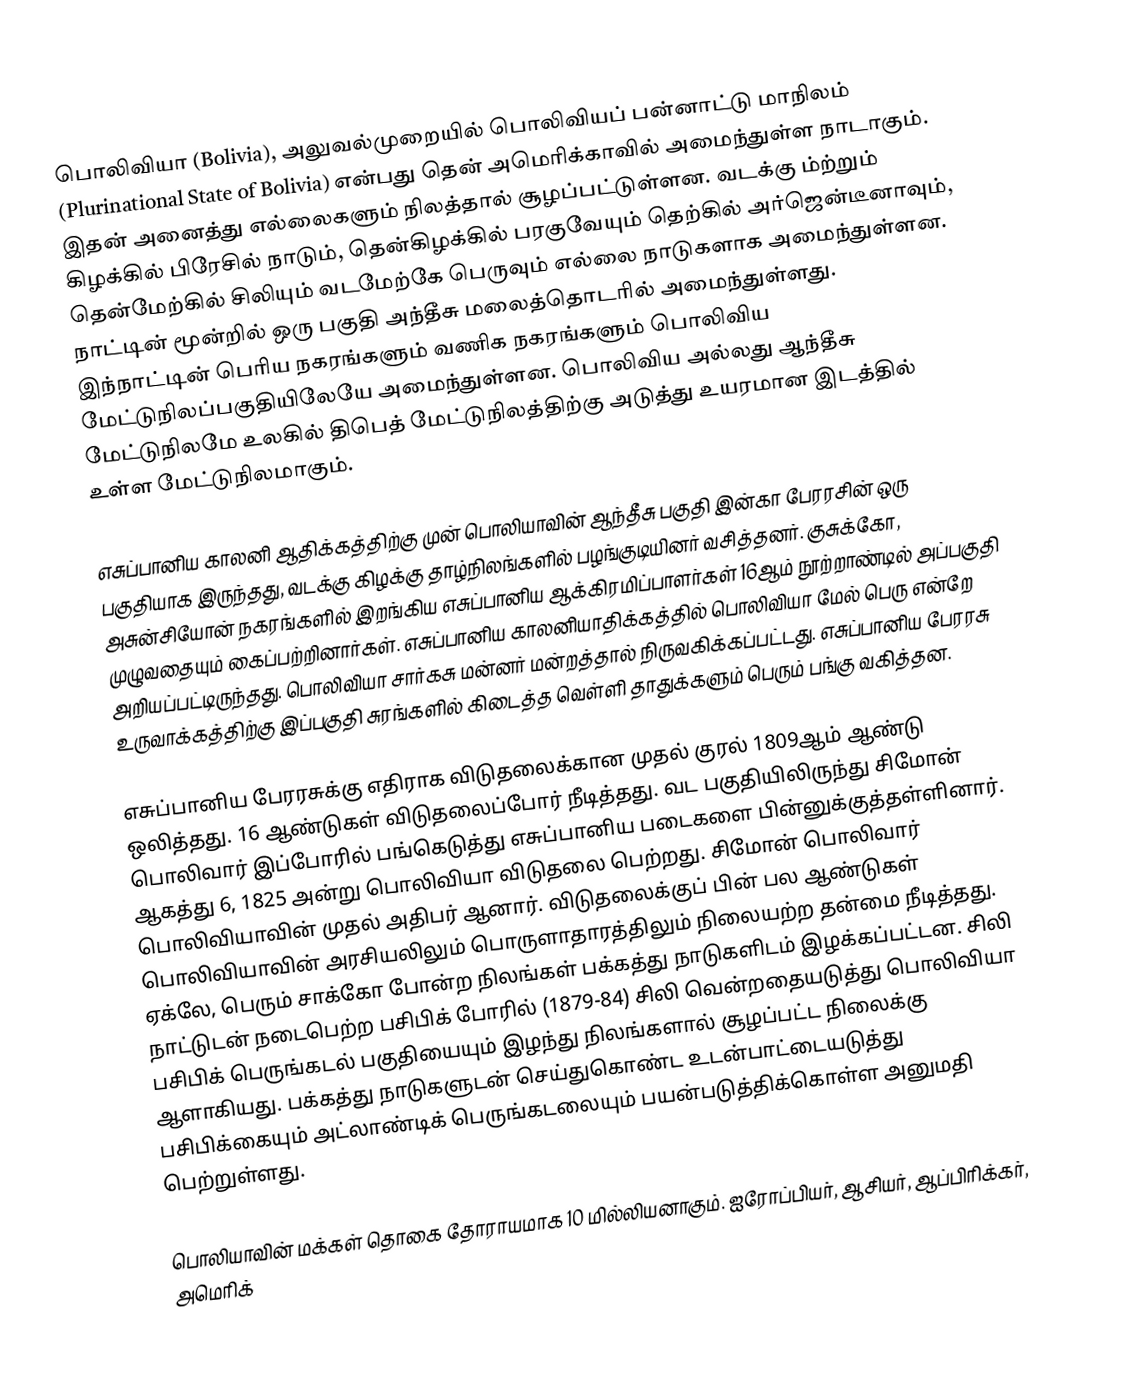
பொலிவியா (Bolivia), அலுவல்முறையில் பொலிவியப் பன்னாட்டு மாநிலம் (Plurinational State of Bolivia) என்பது தென் அமெரிக்காவில் அமைந்துள்ள நாடாகும். இதன் அனைத்து எல்லைகளும் நிலத்தால் சூழப்பட்டுள்ளன. வடக்கு ம்ற்றும் கிழக்கில் பிரேசில் நாடும், தென்கிழக்கில் பரகுவேயும் தெற்கில் அர்ஜென்டீனாவும், தென்மேற்கில் சிலியும் வடமேற்கே பெருவும் எல்லை நாடுகளாக அமைந்துள்ளன. நாட்டின் மூன்றில் ஒரு பகுதி அந்தீசு மலைத்தொடரில் அமைந்துள்ளது.  இந்நாட்டின் பெரிய நகரங்களும் வணிக நகரங்களும் பொலிவிய மேட்டுநிலப்பகுதியிலேயே அமைந்துள்ளன. பொலிவிய அல்லது ஆந்தீசு மேட்டுநிலமே உலகில் திபெத் மேட்டுநிலத்திற்கு அடுத்து உயரமான இடத்தில் உள்ள மேட்டுநிலமாகும்.

எசுப்பானிய காலனி ஆதிக்கத்திற்கு முன் பொலியாவின் ஆந்தீசு பகுதி இன்கா பேரரசின் ஒரு பகுதியாக இருந்தது, வடக்கு கிழக்கு தாழ்நிலங்களில் பழங்குடியினர் வசித்தனர். குசுக்கோ, அசுன்சியோன் நகரங்களில் இறங்கிய எசுப்பானிய ஆக்கிரமிப்பாளர்கள் 16ஆம் நூற்றாண்டில் அப்பகுதி முழுவதையும் கைப்பற்றினார்கள். எசுப்பானிய காலனியாதிக்கத்தில் பொலிவியா மேல் பெரு என்றே அறியப்பட்டிருந்தது. பொலிவியா சார்கசு மன்னர் மன்றத்தால் நிருவகிக்கப்பட்டது. எசுப்பானிய பேரரசு உருவாக்கத்திற்கு இப்பகுதி சுரங்களில் கிடைத்த வெள்ளி தாதுக்களும் பெரும் பங்கு வகித்தன.

எசுப்பானிய பேரரசுக்கு எதிராக விடுதலைக்கான முதல் குரல் 1809ஆம் ஆண்டு ஒலித்தது. 16 ஆண்டுகள் விடுதலைப்போர் நீடித்தது. வட பகுதியிலிருந்து சிமோன் பொலிவார் இப்போரில் பங்கெடுத்து எசுப்பானிய படைகளை பின்னுக்குத்தள்ளினார். ஆகத்து 6, 1825 அன்று பொலிவியா விடுதலை பெற்றது. சிமோன் பொலிவார் பொலிவியாவின் முதல் அதிபர் ஆனார்.  விடுதலைக்குப் பின் பல ஆண்டுகள் பொலிவியாவின் அரசியலிலும் பொருளாதாரத்திலும் நிலையற்ற தன்மை நீடித்தது. ஏக்லே, பெரும் சாக்கோ போன்ற நிலங்கள் பக்கத்து நாடுகளிடம் இழக்கப்பட்டன.  சிலி நாட்டுடன் நடைபெற்ற பசிபிக் போரில் (1879-84) சிலி வென்றதையடுத்து பொலிவியா பசிபிக் பெருங்கடல் பகுதியையும் இழந்து நிலங்களால் சூழப்பட்ட நிலைக்கு ஆளாகியது. பக்கத்து நாடுகளுடன் செய்துகொண்ட உடன்பாட்டையடுத்து பசிபிக்கையும் அட்லாண்டிக் பெருங்கடலையும் பயன்படுத்திக்கொள்ள அனுமதி பெற்றுள்ளது.

பொலியாவின் மக்கள் தொகை தோராயமாக 10 மில்லியனாகும். ஐரோப்பியர், ஆசியர், ஆப்பிரிக்கர், அமெரிக்